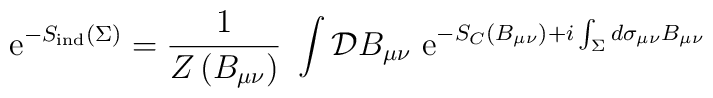
{\rm e}^{-S_{\rm ind}\left( \Sigma \right) } = {1\over Z\left( B_{\mu\nu }\right) } \ \int {\cal D}B_{\mu \nu } \ {\rm e}^{-S_C\left( B_{\mu\nu }\right) + i \int _{\Sigma } d\sigma _{\mu \nu } B_{\mu \nu } }